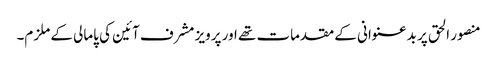
منصور الحق پر بدعنوانی کے مقدمات تھے اور پرویز مشرف آئین کی پامالی کے ملزم۔